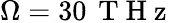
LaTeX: \Omega=30\, \mathrm{~T~H~z~}